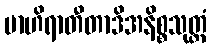
ဗာဟိရာတီတာဒိအနိစ္စသုတ္တံ